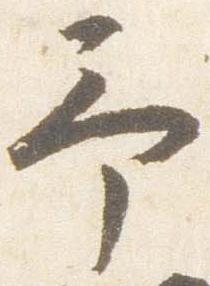
予